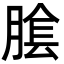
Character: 𦝴